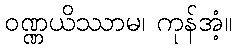
ဝဏ္ဏယိဿာမ၊ ကုန်အံ့။